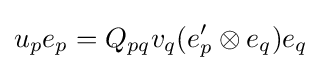
u_{p}e_{p}=Q_{pq}v_{q}(e'_{p}\otimes e_{q})e_{q}